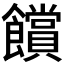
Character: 𮩗